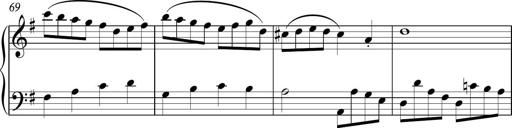
Title: Sonatina
Composer: Kemble Stout
Key: G major